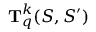
\mathbf { T } _ { q } ^ { k } ( S , S ^ { \prime } )